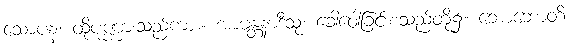
သောပန၊ ထိုပုဏ္ဏားသည်ကား။ အာမန္တနာဒီသု၊ ခေါ်ဝေါ်ခြင်းစသည်တို့၌။ ဘောဘောတိ၊